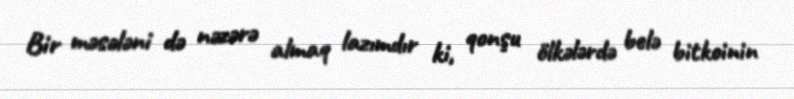
Bir məsələni də nəzərə almaq lazımdır ki, qonşu ölkələrdə belə bitkoinin